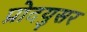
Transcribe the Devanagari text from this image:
प्रोदयुसर